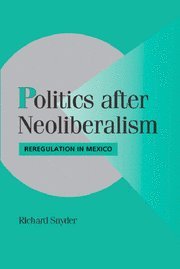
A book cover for Politics after Neoliberalism: Reregulation in Mexico (Cambridge Studies in Comparative Politics); Richard Snyder; Business & Money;